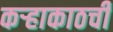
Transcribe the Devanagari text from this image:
कऱ्हाकाठची